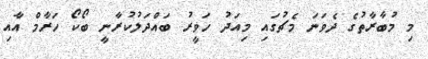
މި މުބާރާތުގެ ދެވަނަ މެޗުގައި މިއަދު ހަވީރު ބައްދަލުކުރާނީ ބޯކޯ ހަރާމް އާއި